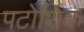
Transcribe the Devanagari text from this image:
पटोशिक